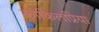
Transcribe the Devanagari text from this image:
कोकिलप्रिया